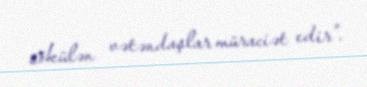
sökülən vətəndaşlar müraciət edir”.